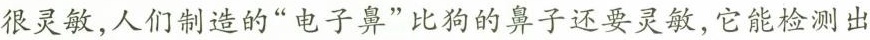
很灵敏，人们制造的”电子鼻”比狗的鼻子还要灵敏，它能检测出